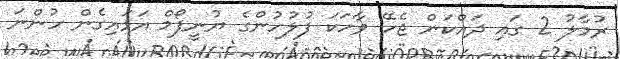
ރުމާލު 2 ގައި ދައްކަން ޖެހޭ ވާހަކަ ފުލުހުންގެ ޔުނީފޯމް އަޅައިގެން ހުންނަ